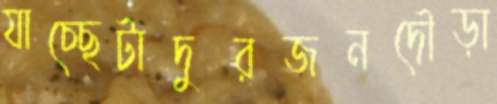
যাচ্ছেটাদুরজনদৌড়া